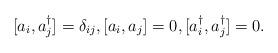
LaTeX: \begin{align*}[a_i,a_j^{\dagger}]=\delta_{ij},[a_i,a_j]=0,[a_i^{\dagger},a_{j}^{\dagger}]=0.\end{align*}